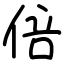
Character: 倍